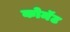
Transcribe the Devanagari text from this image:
कोमॅट